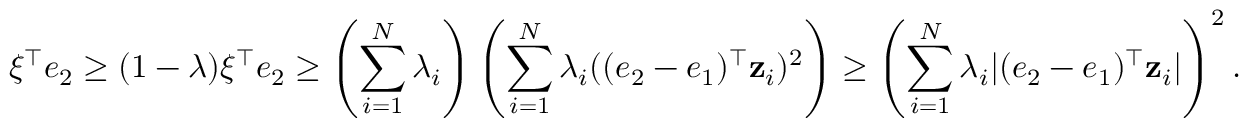
\xi ^ { \top } e _ { 2 } \geq ( 1 - \lambda ) \xi ^ { \top } e _ { 2 } \geq \left( \sum _ { i = 1 } ^ { N } \lambda _ { i } \right) \left( \sum _ { i = 1 } ^ { N } \lambda _ { i } ( ( e _ { 2 } - e _ { 1 } ) ^ { \top } \mathbf z _ { i } ) ^ { 2 } \right) \geq \left( \sum _ { i = 1 } ^ { N } \lambda _ { i } | ( e _ { 2 } - e _ { 1 } ) ^ { \top } \mathbf z _ { i } | \right) ^ { 2 } .